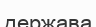
держава